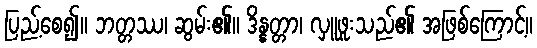
ပြည့်စေ၍။ ဘတ္တဿ၊ ဆွမ်း၏။ ဒိန္နတ္တာ၊ လှူဖူးသည်၏ အဖြစ်ကြောင့်။